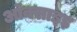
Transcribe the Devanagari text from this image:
ऑक्साइड़